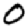
Digit: 0